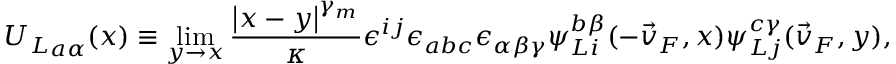
{ U _ { L } } _ { a \alpha } ( x ) \equiv \operatorname * { l i m } _ { y \to x } { \frac { \left| x - y \right| ^ { \gamma _ { m } } } { \kappa } } \epsilon ^ { i j } \epsilon _ { a b c } \epsilon _ { \alpha \beta \gamma } \psi _ { L i } ^ { b \beta } ( - \vec { v } _ { F } , x ) \psi _ { L j } ^ { c \gamma } ( \vec { v } _ { F } , y ) ,